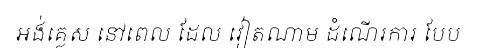
អង់គ្លេស នៅពេល ដែល វៀតណាម ដំណើរការ បែប